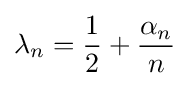
\lambda _{n}={\frac {1}{2}}+{\frac {\alpha _{n}}{n}}